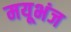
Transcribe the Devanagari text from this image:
मयूभंज